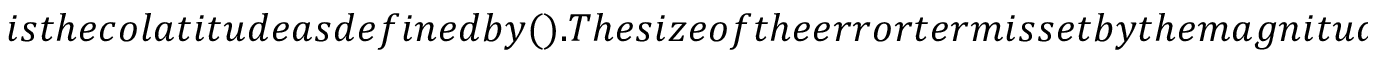
i s t h e c o l a t i t u d e a s d e f i n e d b y ( ) . T h e s i z e o f t h e e r r o r t e r m i s s e t b y t h e m a g n i t u d e o f t h e n e x t t e r m ( i . e . , o f t h e o r d e r o f